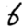
Digit: 6